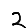
Digit: 2